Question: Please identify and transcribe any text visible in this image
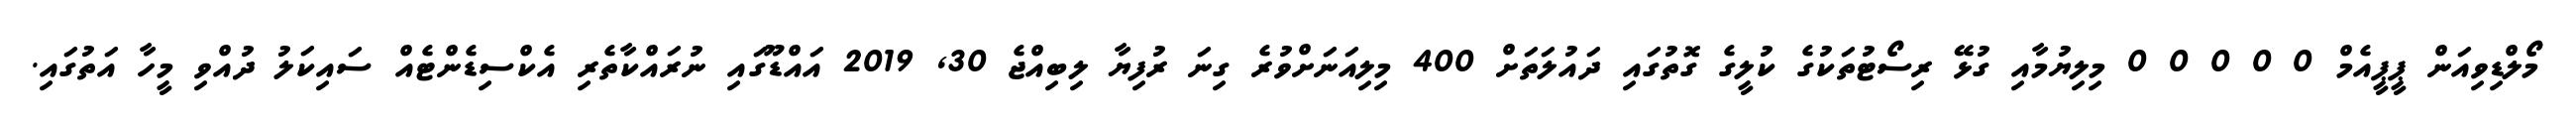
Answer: މޯލްޑިވިއަން ޕީޕީއެމް 0 0 0 0 0 މިލިޔުމާއި ގުޅޭ ރިސޯޓުތަކުގެ ކުލީގެ ގޮތުގައި ދައުލަތަށް 400 މިލިއަނަށްވުރެ ގިނަ ރުފިޔާ ލިބިއްޖެ 30, 2019 އައްޑޫގައި ނުރައްކާތެރި އެކްސިޑެންޓެއް ސައިކަލު ދުއްވި މީހާ އަތުގައި.